Calcutta medical institutions reports 1879-81 [i.e.91]
Year: 1879
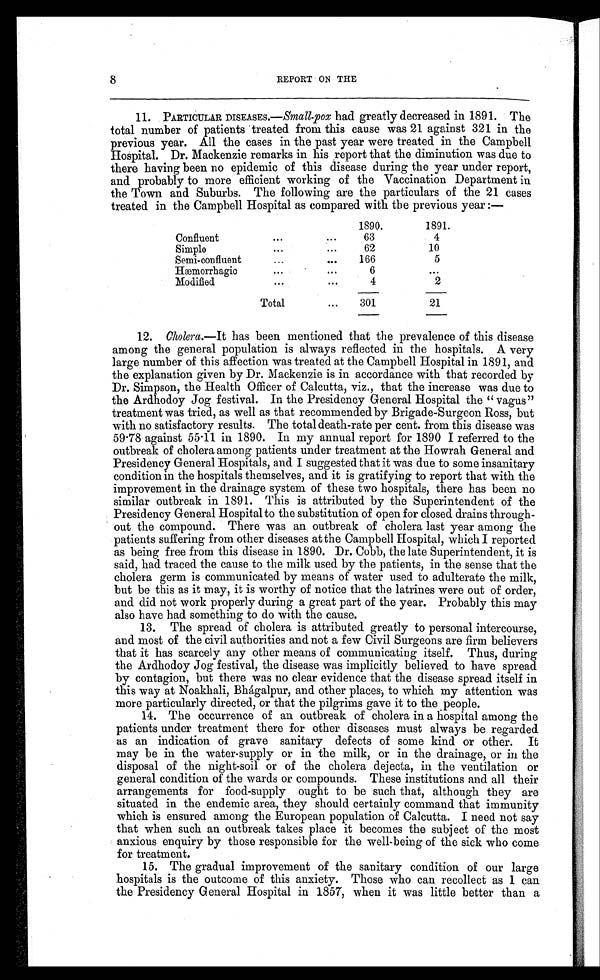
8
REPORT ON THE
11. PARTICULAR DISEASES.—Small-pox had greatly decreased in 1891. The
total number of patients treated from this cause was 21 against 321 in the
previous year. All the cases in the past year were treated in the Campbell
Hospital. Dr. Mackenzie remarks in his report that the diminution was due to
there having been no epidemic of this disease during the year under report,
and probably to more efficient working of the Vaccination Department in
the Town and Suburbs. The following are the particulars of the 21 cases
treated in the Campbell Hospital as compared with the previous year :—
1890.
1891.
Confluent
. . .
. . .
63
4
Simple
. . .
. . .
62
10
Semi-confluent
...
. . .
166
5
Hæmorrhagic
. . .
...
6
. . .
Modified
. . .
. . .
4
2
Total
. . .
301
21
12. Cholera.—It has been mentioned that the prevalence of this disease
among the general population is always reflected in the hospitals. A very
large number of this affection was treated at the Campbell Hospital in 1891, and
the explanation given by Dr. Mackenzie is in accordance with that recorded by
Dr. Simpson, the Health Officer of Calcutta, viz., that the increase was due to
the Ardhodoy Jog festival. In the Presidency General Hospital the "vagus"
treatment was tried, as well as that recommended by Brigade-Surgeon Ross, but
with no satisfactory results. The total death-rate per cent. from this disease was
59.78 against 55.11 in 1890. In my annual report for 1890 I referred to the
outbreak of cholera among patients under treatment at the Howrah General and
Presidency General Hospitals, and I suggested that it was due to some insanitary
condition in the hospitals themselves, and it is gratifying to report that with the
improvement in the drainage system of these two hospitals, there has been no
similar outbreak in 1891. This is attributed by the Superintendent of the
Presidency General Hospital to the substitution of open for closed drains through-
out the compound. There was an outbreak of cholera last year among the
patients suffering from other diseases at the Campbell Hospital, which I reported
as being free from this disease in 1890. Dr. Cobb, the late Superintendent, it is
said, had traced the cause to the milk used by the patients, in the sense that the
cholera germ is communicated by means of water used to adulterate the milk,
but be this as it may, it is worthy of notice that the latrines were out of order,
and did not work properly during a great part of the year. Probably this may
also have had something to do with the cause.
13. The spread of cholera is attributed greatly to personal intercourse,
and most of the civil authorities and not a few Civil Surgeons are firm believers
that it has scarcely any other means of communicating itself. Thus, during
the Ardhodoy Jog festival, the disease was implicitly believed to have spread
by contagion, but there was no clear evidence that the disease spread itself in
this way at Noakhali, Bhágalpur, and other places, to which my attention was
more particularly directed, or that the pilgrims gave it to the people.
14. The occurrence of an outbreak of cholera in a hospital among the
patients under treatment there for other diseases must always be regarded
as an indication of grave sanitary defects of some kind or other. It
may be in the water-supply or in the milk, or in the drainage, or in the
disposal of the night-soil or of the cholera dejecta, in the ventilation or
general condition of the wards or compounds. These institutions and all their
arrangements for food-supply ought to be such that, although they are
situated in the endemic area, they should certainly command that immunity
which is ensured among the European population of Calcutta. I need not say
that when such an outbreak takes place it becomes the subject of the most
anxious enquiry by those responsible for the well-being of the sick who come
for treatment.
15. The gradual improvement of the sanitary condition of our large
hospitals is the outcome of this anxiety. Those who can recollect as I can
the Presidency General Hospital in 1857, when it was little better than a